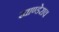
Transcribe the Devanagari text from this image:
खाण्डेराव